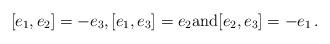
LaTeX: \begin{align*}[e_1,e_2]=-e_3, [e_1,e_3]=e_2 \textrm{and} [e_2,e_3]=-e_1\,.\end{align*}